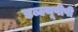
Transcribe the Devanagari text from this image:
डब्ल्यूपीपी